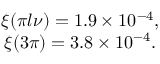
\begin{array} { c } { { \xi ( \pi l \nu ) = 1 . 9 \times 1 0 ^ { - 4 } , } } \\ { { \xi ( 3 \pi ) = 3 . 8 \times 1 0 ^ { - 4 } . } } \end{array}